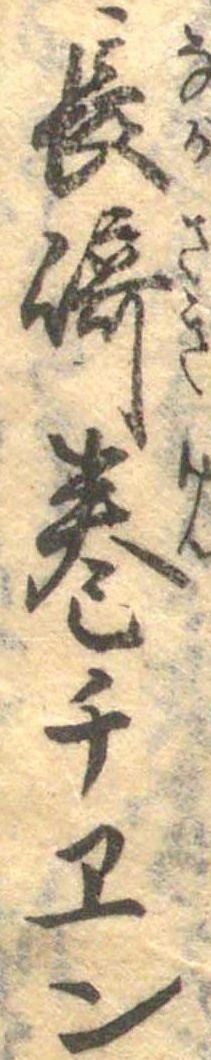
長崎巻チヱン